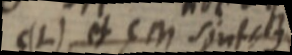
C(L) et CM sint B